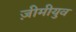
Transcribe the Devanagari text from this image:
ज़ीमीयुव